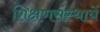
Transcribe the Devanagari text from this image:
शिक्षणसंस्थायें